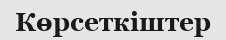
Көрсеткіштер